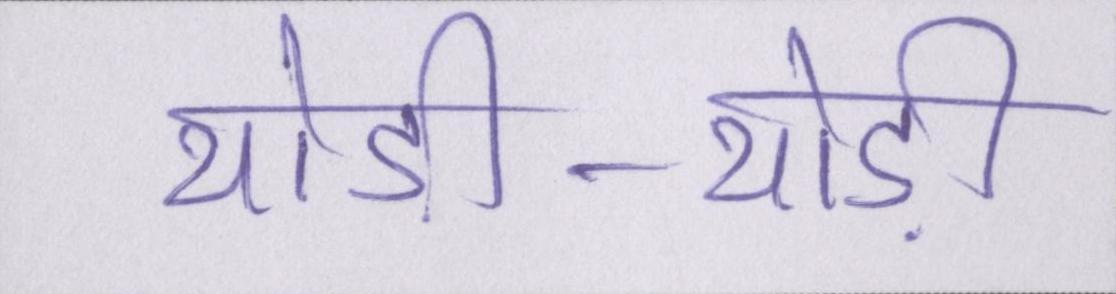
थोड़ी-थोड़ी